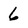
Character: 6